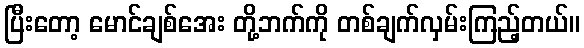
ပြီးတော့ မောင်ချစ်အေး တို့ဘက်ကို တစ်ချက်လှမ်းကြည့်တယ်။